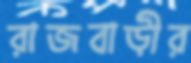
রাজবাড়ীর